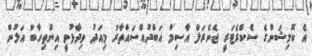
އެ ކޮމިޝަންގެ ސެކްރެޓަރީ ޖެނެރަލް އާސިމް އަބްދުއްސައްތާރު މިއަދު ވިދާޅުވީ އިންތިހާބު އަލުން